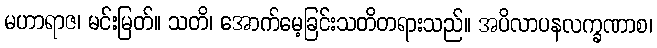
မဟာရာဇ၊ မင်းမြတ်။ သတိ၊ အောက်မေ့ခြင်းသတိတရားသည်။ အပိလာပနလက္ခဏာစ၊